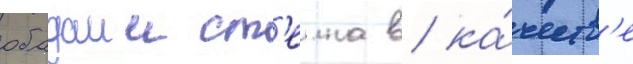
обадаии ст'еина в ка́честв'е